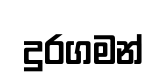
දුරගමන්